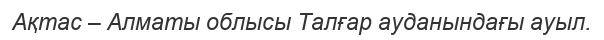
Ақтас – Алматы облысы Талғар ауданындағы ауыл.